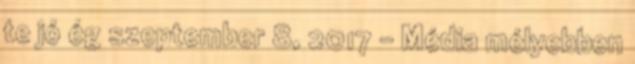
te jó ég szeptember 8, 2017 - Média mélyebben